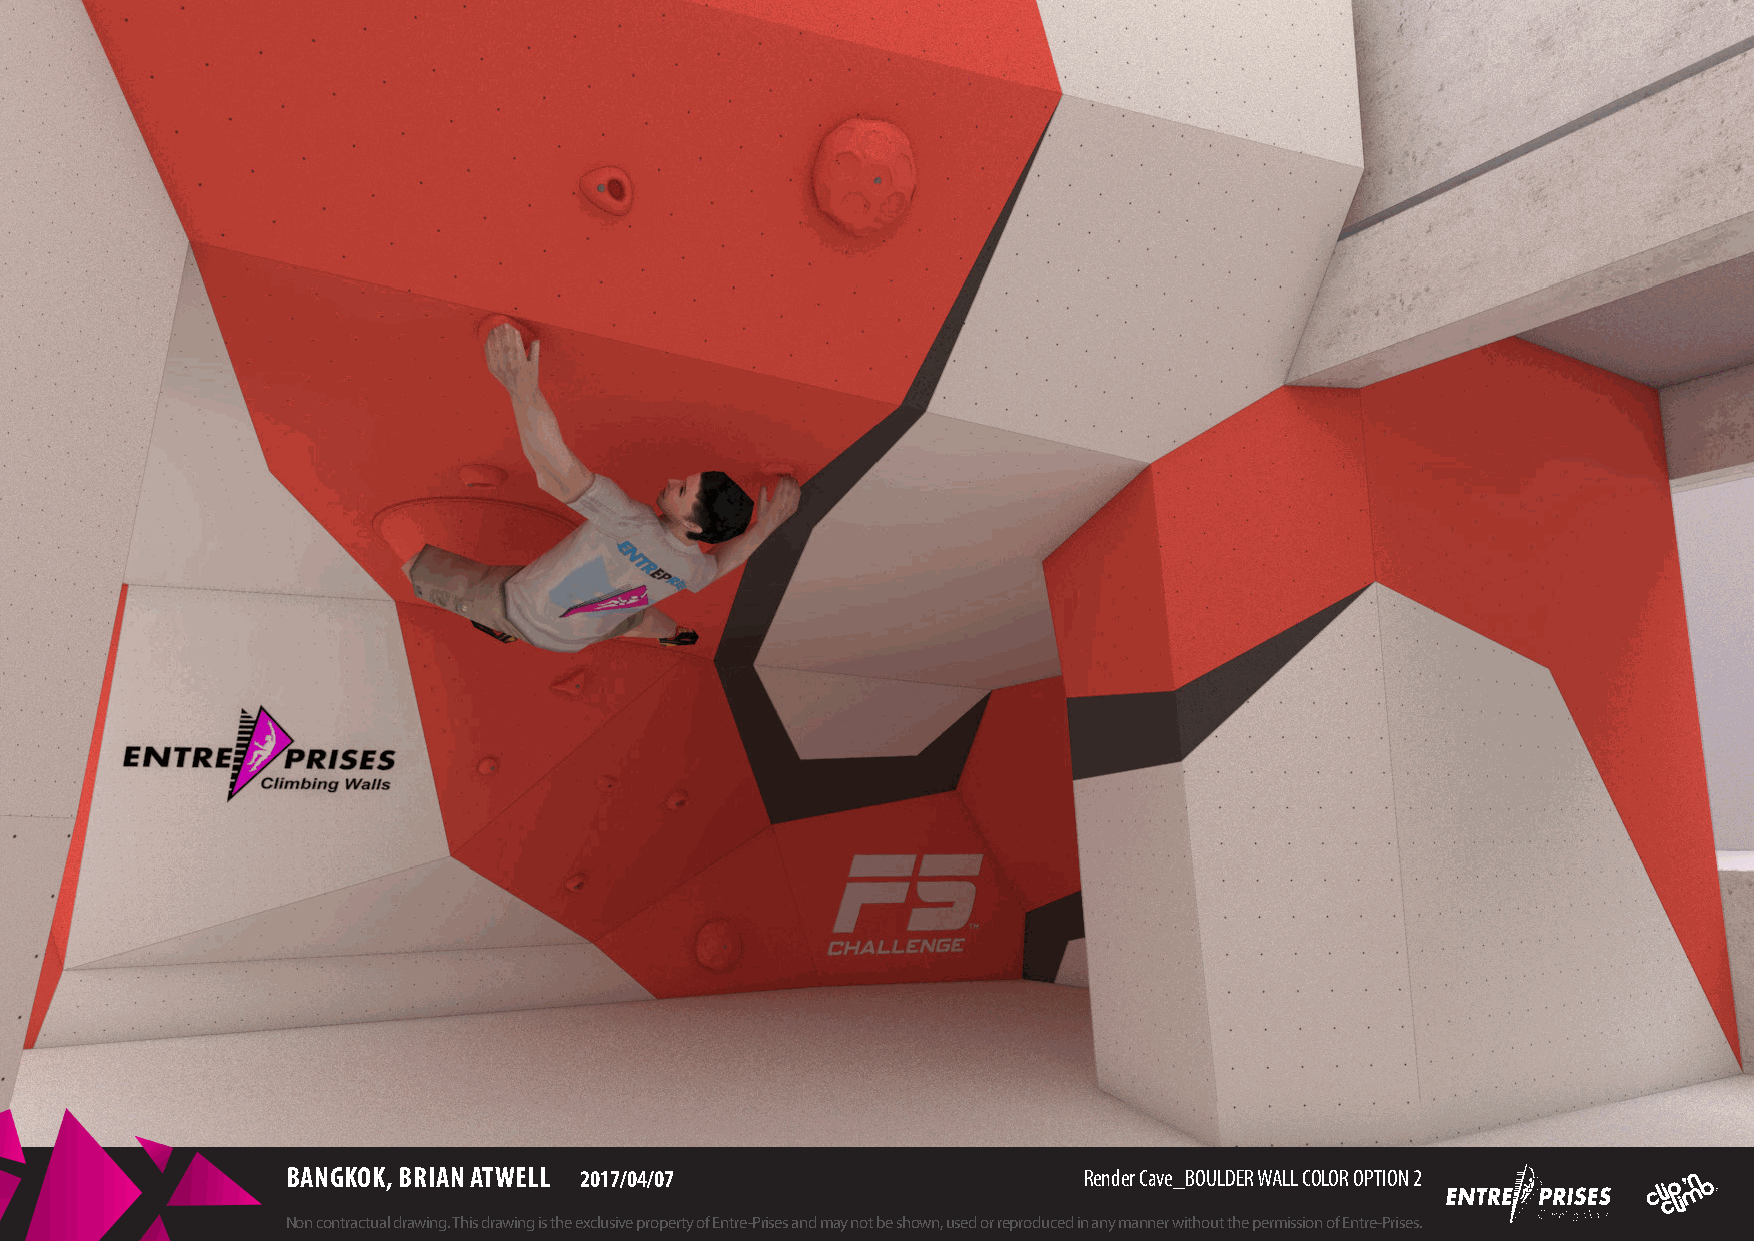
BANGKOK, BRIAN ATWELL 2017/04/07                     Render Cave_BOULDER WALL COLOR OPTION 2
 Non contractual drawing. This drawing is the exclusive property of Entre-Prises and may not be shown, used or reproduced in any manner without the permission of Entre-Prises.